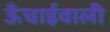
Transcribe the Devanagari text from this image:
ऊँचाईवाली